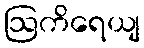
ဩကိရေယျ